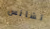
تشانس